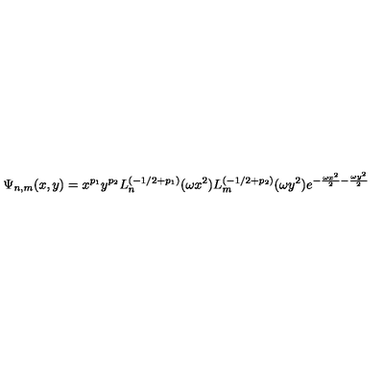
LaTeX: \Psi _ { n , m } ( x , y ) = x ^ { p _ { 1 } } y ^ { p _ { 2 } } L _ { n } ^ { ( - 1 / 2 + p _ { 1 } ) } ( \omega x ^ { 2 } ) L _ { m } ^ { ( - 1 / 2 + p _ { 2 } ) } ( \omega y ^ { 2 } ) e ^ { - \frac { \omega x ^ { 2 } } { 2 } - \frac { \omega y ^ { 2 } } { 2 } } \,